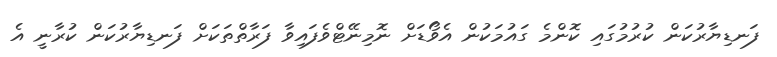
ފަނޑިޔާރުކަން ކުރުމުގައި ކޮންމެ ގައުމަކުން އެވޯޑަށް ނޮމިނޭޓްވެފައިވާ ފަރާތްތަކަށް ފަނޑިޔާރުކަން ކުރާނީ އެ